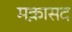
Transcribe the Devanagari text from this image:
मक़ासद